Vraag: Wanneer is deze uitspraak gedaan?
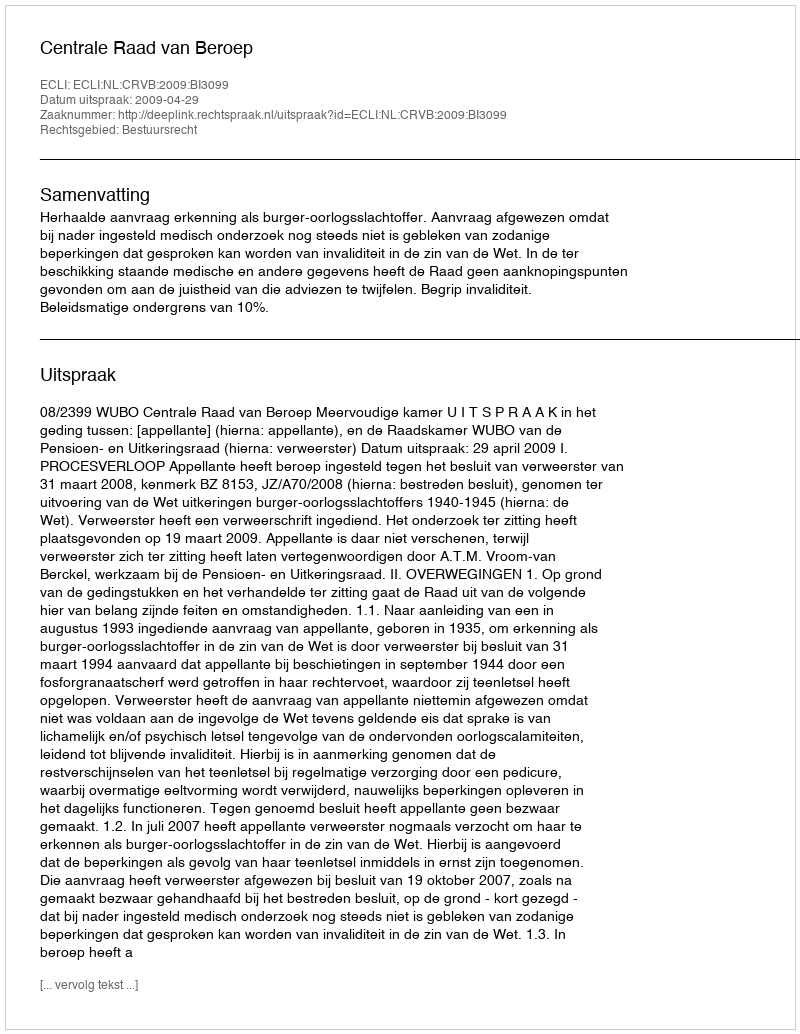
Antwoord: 2009-04-29